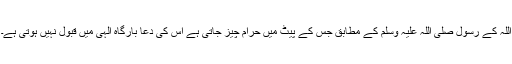
اللہ کے رسول صلی اللہ علیہ وسلم کے مطابق جس کے پیٹ میں حرام چیز جاتی ہے اس کی دعا بارگاہِ الٰہی میں قبول نہیں ہوتی ہے۔